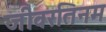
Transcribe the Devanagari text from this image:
जीवरतिनम